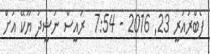
ފެބްރުއަރީ 23